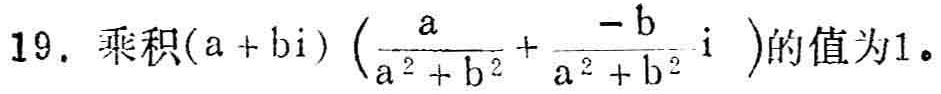
19. 乘积\((a + bi)\left(\frac{a}{a^{2} + b^{2}}+\frac{-b}{a^{2} + b^{2}}i\right)\)的值为1。